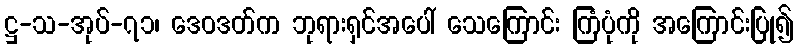
ဋ္ဌ-သ-အုပ်-၇၁၊ ဒေဝဒတ်က ဘုရားရှင်အပေါ် သေကြောင်း ကြံပုံကို အကြောင်းပြု၍